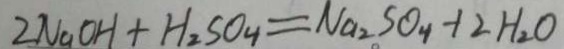
2 N a O H + H _ { 2 } S O _ { 4 } = N a _ { 2 } S O _ { 4 } = 2 H _ { 2 } O